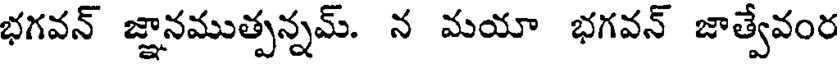
భగవన్ జ్ఞానముత్పన్నమ్. న మయా భగవన్ జాత్వేవంర